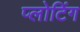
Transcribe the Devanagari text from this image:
प्लोटिंग